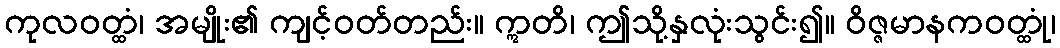
ကုလဝတ္ထံ၊ အမျိုး၏ ကျင့်ဝတ်တည်း။ ဣတိ၊ ဤသို့နှလုံးသွင်း၍။ ဝိဇ္ဇမာနကဝတ္ထုံ၊